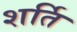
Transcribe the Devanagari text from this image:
शर्ति